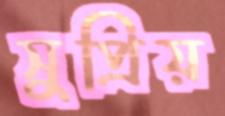
সুপ্রিয়